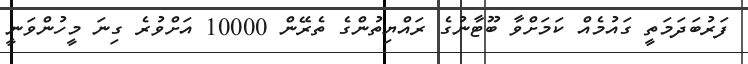
ފަރުބަދަމަތީ ގައުމެއް ކަމަށްވާ ބޫޓާނުގެ ރައްޔިތުންގެ ތެރޭން 10000 އަށްވުރެ ގިނަ މީހުންވަނީ